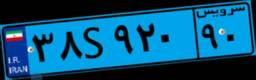
۵۱S۵۲۹۱۵